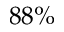
8 8 \%